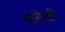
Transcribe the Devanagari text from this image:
नागेशी